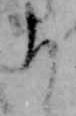
り